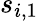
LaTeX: s_{i,1}